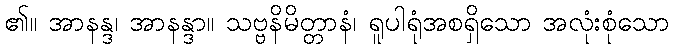
၏။ အာနန္ဒ၊ အာနန္ဒာ။ သဗ္ဗနိမိတ္တာနံ၊ ရူပါရုံအစရှိသော အလုံးစုံသော